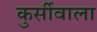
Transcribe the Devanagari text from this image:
कुर्सीवाला